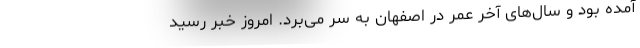
آمده بود و سال‌های آخر عمر در اصفهان به سر می‌برد. امروز خبر رسید